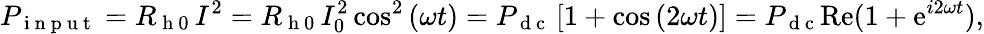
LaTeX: P_{\mathrm{~i~n~p~u~t~}}=R_{\mathrm{~h~0~}}I^{2}=R_{\mathrm{~h~0~}}I_{0}^{2}\cos^{2}{(\omega t)}=P_{\mathrm{~d~c~}}\left[1+\cos{(2\omega t)}\right]=P_{\mathrm{~d~c~}}\mathrm{Re}(1+\mathrm{e}^{i2\omega t}){,}